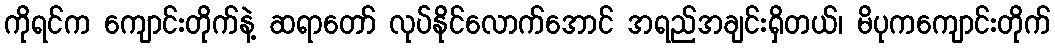
ကိုရင်က ကျောင်းတိုက်နဲ့ ဆရာတော် လုပ်နိုင်လောက်အောင် အရည်အချင်းရှိတယ်၊ မိပုကကျောင်းတိုက်